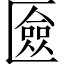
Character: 匳